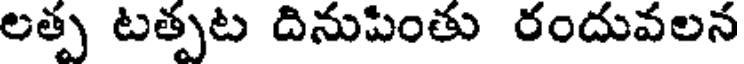
లత్ప టత్పట దినుపింతు రందువలన